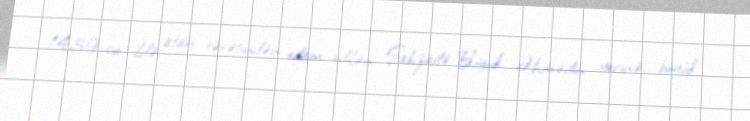
1439-cu ildə atası tərəfindən edam edilən Şahzadə Böyük Əhmədin yerinə, böyük